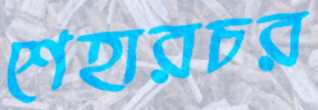
শেহারচর